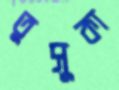
তুসুকা